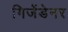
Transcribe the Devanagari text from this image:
गिजेंडेनर